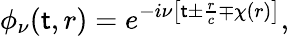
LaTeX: \phi_{\nu}(\mathsf{t},r)=e^{-i\nu\left[\mathsf{t}\pm\frac{{r}}{{c}}\mp\chi(r)\right]},